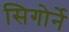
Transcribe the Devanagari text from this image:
सिगोर्ने